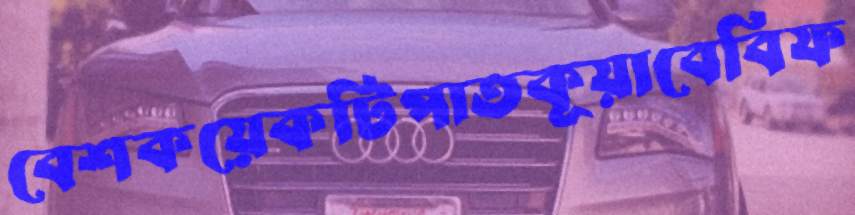
বেশকয়েকটিপাতকূয়াবেবিফ